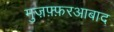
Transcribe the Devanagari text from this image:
मुज़फ़्फ़रआबाद